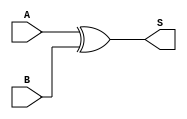
module xor_gate (
    input wire A,
    input wire B,
    output wire S
);
    assign S = A ^ B; // Sum output
endmodule